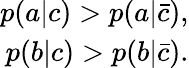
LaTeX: \begin{array}{r}{p(a|c)>p(a|\bar{c}),}\\ {p(b|c)>p(b|\bar{c}).}\end{array}